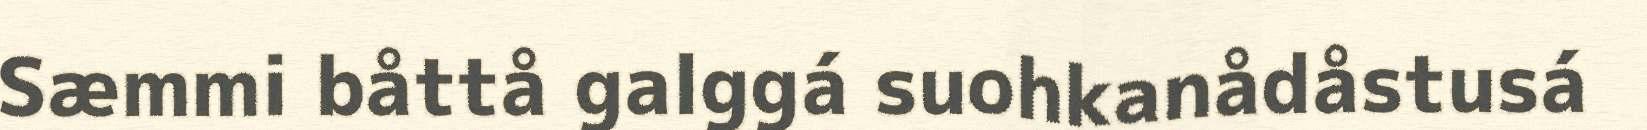
Sæmmi båttå galggá suohkanådåstusá